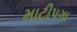
માટીપગા